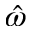
\hat { \omega }